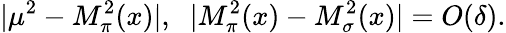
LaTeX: |\mu^{2}-M_{\pi}^{2}(x)|,\; \; |M_{\pi}^{2}(x)-M_{\sigma}^{2}(x)|=O(\delta).